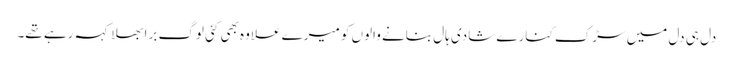
دل ہی دل میں سڑک کنارے شادی ہال بنانے والوں کو میرے علاوہ بھی کئی لوگ برا بھلا کہہ رہے تھے۔